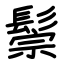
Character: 鬃